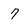
Character: 7